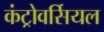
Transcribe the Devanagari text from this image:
कंट्रोवर्सियल